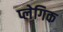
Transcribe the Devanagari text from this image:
प्लेगिक